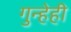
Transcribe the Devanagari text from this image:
गुन्हेही